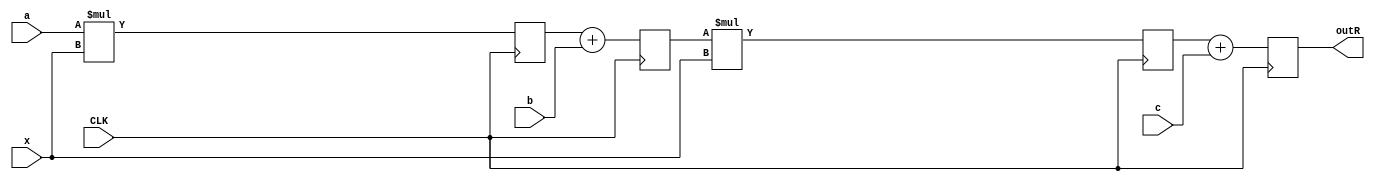
module datapathB_behavioral
			#(parameter WLx = 8, parameter WLc = 8)
			( input signed [WLx-1:0] x,
			  input signed [WLc-1:0] a, b, c,
			  input CLK,
			  output reg signed [(WLx+WLc+WLc)+1:0] outR
			);
			
			reg signed [(WLx+WLc-1):0] mulR1;
			reg signed [(WLx+WLc):0] addR;
			reg signed [((WLx+WLc+WLc)):0] mulR2;
			
			always @(posedge CLK) begin
			mulR1 <= a * x;
			addR <= mulR1 + b;
			mulR2 <= addR * x;
			outR <= mulR2 + c;
			end

endmodule